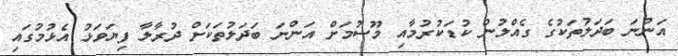
އަންނަ ބަދަލުތަކުގެ ގެއްލުން ކުޑަކުރުމާއި މޫސުމަށް އަންނަ ބަދަލުތަކަށް ދުރާލާ ފިޔަވަޅު އެޅުމުގައި